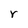
Character: r